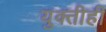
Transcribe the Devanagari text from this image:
युक्तीही